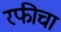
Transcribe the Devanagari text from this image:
रफीचा